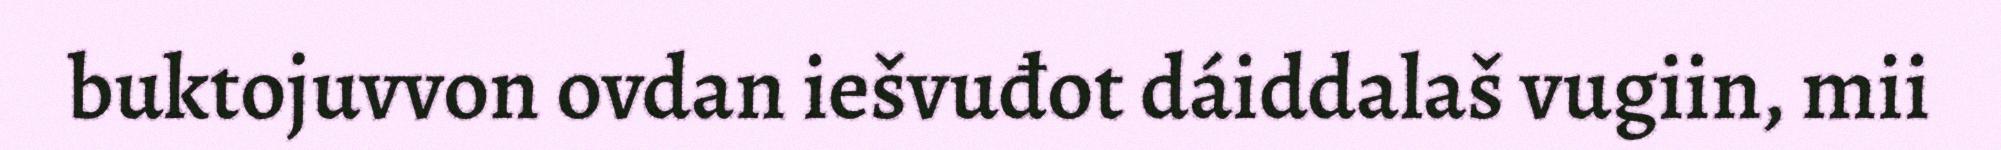
buktojuvvon ovdan iešvuđot dáiddalaš vugiin, mii